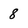
Character: 8